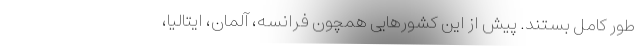
طور کامل بستند. پیش از این کشورهایی همچون فرانسه، آلمان، ایتالیا،